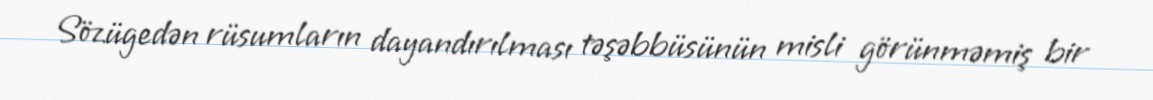
Sözügedən rüsumların dayandırılması təşəbbüsünün misli görünməmiş bir